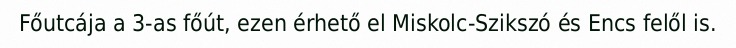
Főutcája a 3-as főút, ezen érhető el Miskolc-Szikszó és Encs felől is.